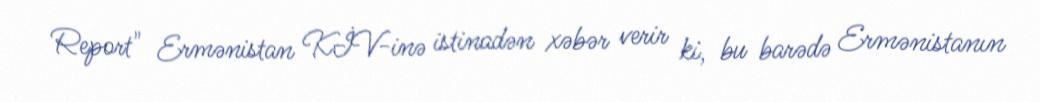
Report" Ermənistan KİV-inə istinadən xəbər verir ki, bu barədə Ermənistanın